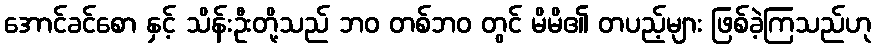
အောင်ခင်စော နှင့် သိန်းဦးတို့သည် ဘဝ တစ်ဘဝ တွင် မိမိ၏ တပည့်များ ဖြစ်ခဲ့ကြသည်ဟု